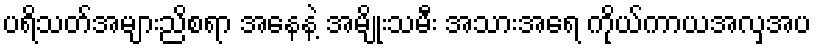
ပရိသတ်အများညိစရာ အနေနဲ့ အမျိုးသမီး အသားအရေ ကိုယ်ကာယအလှအပ